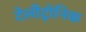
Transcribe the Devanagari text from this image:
टेलीट्रॉनिक